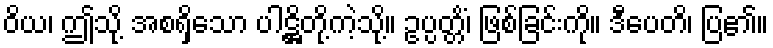
ဝိယ၊ ဤသို့ အစရှိသော ပါဋ္ဌိတို့ကဲ့သို့။ ဥပ္ပတ္တိံ၊ ဖြစ်ခြင်းကို။ ဒီပေတိ၊ ပြ၏။